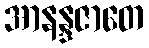
အာနန္ဒဇာတေ